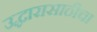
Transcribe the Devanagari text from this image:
उद्धारासाठीचा